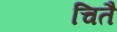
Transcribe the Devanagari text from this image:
चितै